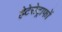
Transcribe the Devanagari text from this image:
हेटेरोट्राफों